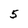
Character: 5